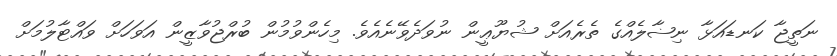
ނަތީޖާ ކަނޑައަޅާ ނިޟާލެއްގެ ތެރެއަށް ޝުޔޫޢީން ނުވަދެވޭނެއެވެ. މިހެންވުމުން ބުރްޖުވާޒީން އަވަހަށް ވައްޓާލުމަށް